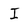
Character: I